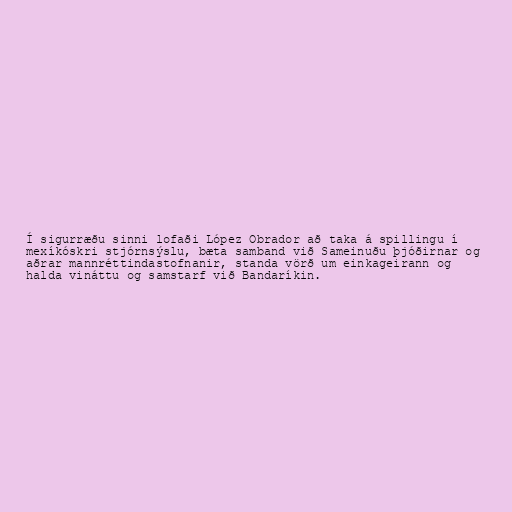
Í sigurræðu sinni lofaði López Obrador að taka á spillingu í
mexíkóskri stjórnsýslu, bæta samband við Sameinuðu þjóðirnar og
aðrar mannréttindastofnanir, standa vörð um einkageirann og
halda vináttu og samstarf við Bandaríkin.